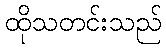
ထိုသတင်းသည်